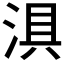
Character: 𱦵